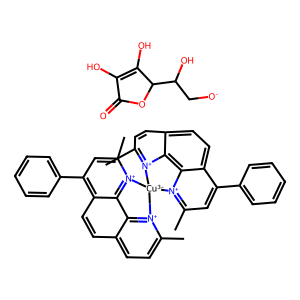
SMILES: Cc1ccc2ccc3c(-c4ccccc4)cc(C)[n+]4c3c2[n+]1[Cu-3]41[n+]2c(C)ccc3ccc4c(-c5ccccc5)cc(C)[n+]1c4c32.O=C1OC(C(O)C[O-])C(O)=C1O
Inhibits HIV replication: No